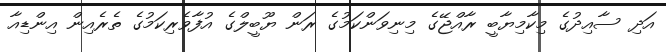
އަދި ސާއިދުގެ މިކާމިޔާބީ ރާއްޖޭގެ މިނިވަންކަމުގެ ރަން ޔޫބީލްގެ އުފާވެރިކަމުގެ ތެރެއިން އިންޑިއާ